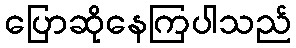
ပြောဆိုနေကြပါသည်